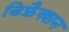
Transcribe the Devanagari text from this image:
डिफ्रैक्शन